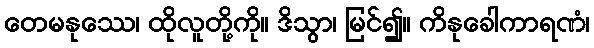
တေမနုဿေ၊ ထိုလူတို့ကို။ ဒိသွာ၊ မြင်၍။ ကိနုခေါကာရဏံ၊